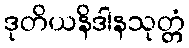
ဒုတိယနိဒါနသုတ္တံ